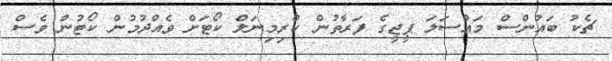
ޗެކު ބައުންސް މައްސަލަ ޕީޖީގެ ފަރާތުން ކްރިމިނަލް ކޯޓަށް ވެއްދުމުން ކޯޓުން ވެސް